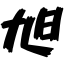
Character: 旭